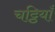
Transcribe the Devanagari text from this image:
चट्ठियाँ